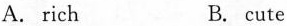
A. rich B. cute